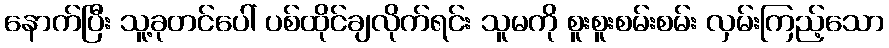
နောက်ပြီး သူ့ခုတင်ပေါ် ပစ်ထိုင်ချလိုက်ရင်း သူမကို စူးစူးစမ်းစမ်း လှမ်းကြည့်သော